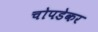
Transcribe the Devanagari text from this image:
चोपडेकर